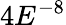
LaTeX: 4E^{-8}